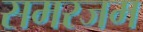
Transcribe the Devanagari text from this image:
समरजम